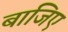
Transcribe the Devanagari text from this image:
बाजिए